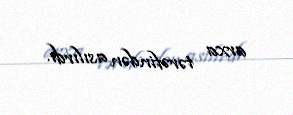
arxa tərəfindən asılırdı.